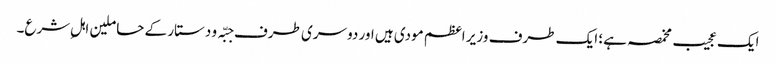
ایک عجیب مخمصہ ہے؛ ایک طرف وزیر اعظم مودی ہیں اور دوسری طرف جبّہ و دستار کے حاملین اہلِ شرع۔